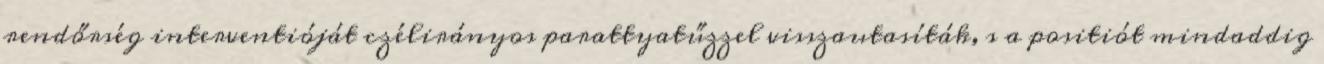
rendőrség interventióját czélirányos parattyatűzzel visszautasíták, s a positiót mindaddig